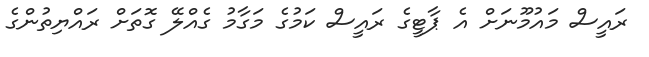
ރައީސް މައުމޫނަށް އެ ޕާޓީގެ ރައީސް ކަމުގެ މަގާމު ގެއްލޭ ގޮތަށް ރައްޔިތުންގެ